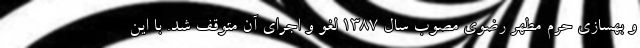
و بهسازی حرم مطهر رضوی مصوب سال ۱۳۸۷ لغو و اجرای آن متوقف شد. با این